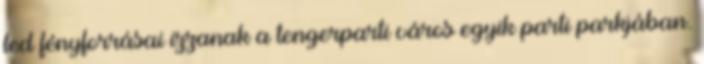
led fényforrásai izzanak a tengerparti város egyik parti parkjában.